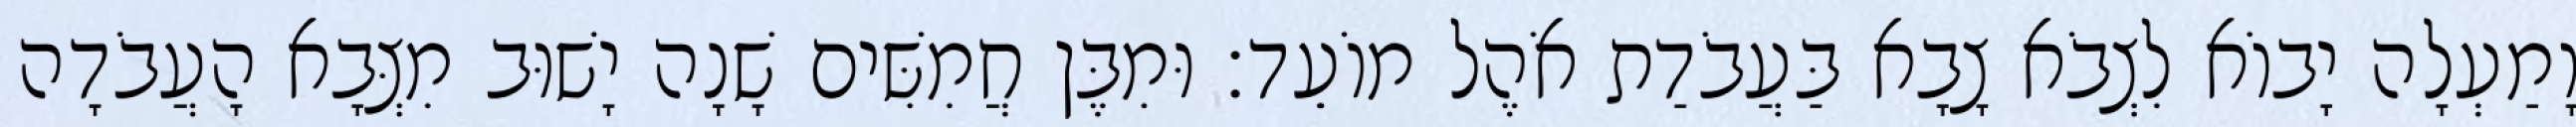
וָמַעְלָה יָבוֹא לִצְבֹא צָבָא בַּעֲבֹדַת אֹהֶל מוֹעֵד׃ וּמִבֶּן חֲמִשִּׁים שָׁנָה יָשׁוּב מִצְּבָא הָעֲבֹדָה